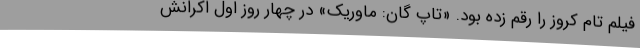
فیلم تام کروز را رقم زده بود. «تاپ گان: ماوریک» در چهار روز اول اکرانش